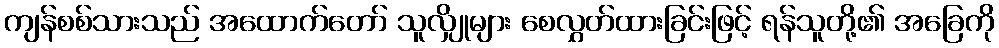
ကျန်စစ်သားသည် အထောက်တော် သူလျှိုများ စေလွှတ်ထားခြင်းဖြင့် ရန်သူတို့၏ အခြေကို